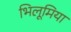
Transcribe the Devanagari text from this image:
भिलूमिया